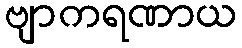
ဗျာကရဏာယ